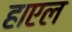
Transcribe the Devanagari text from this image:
हाएल